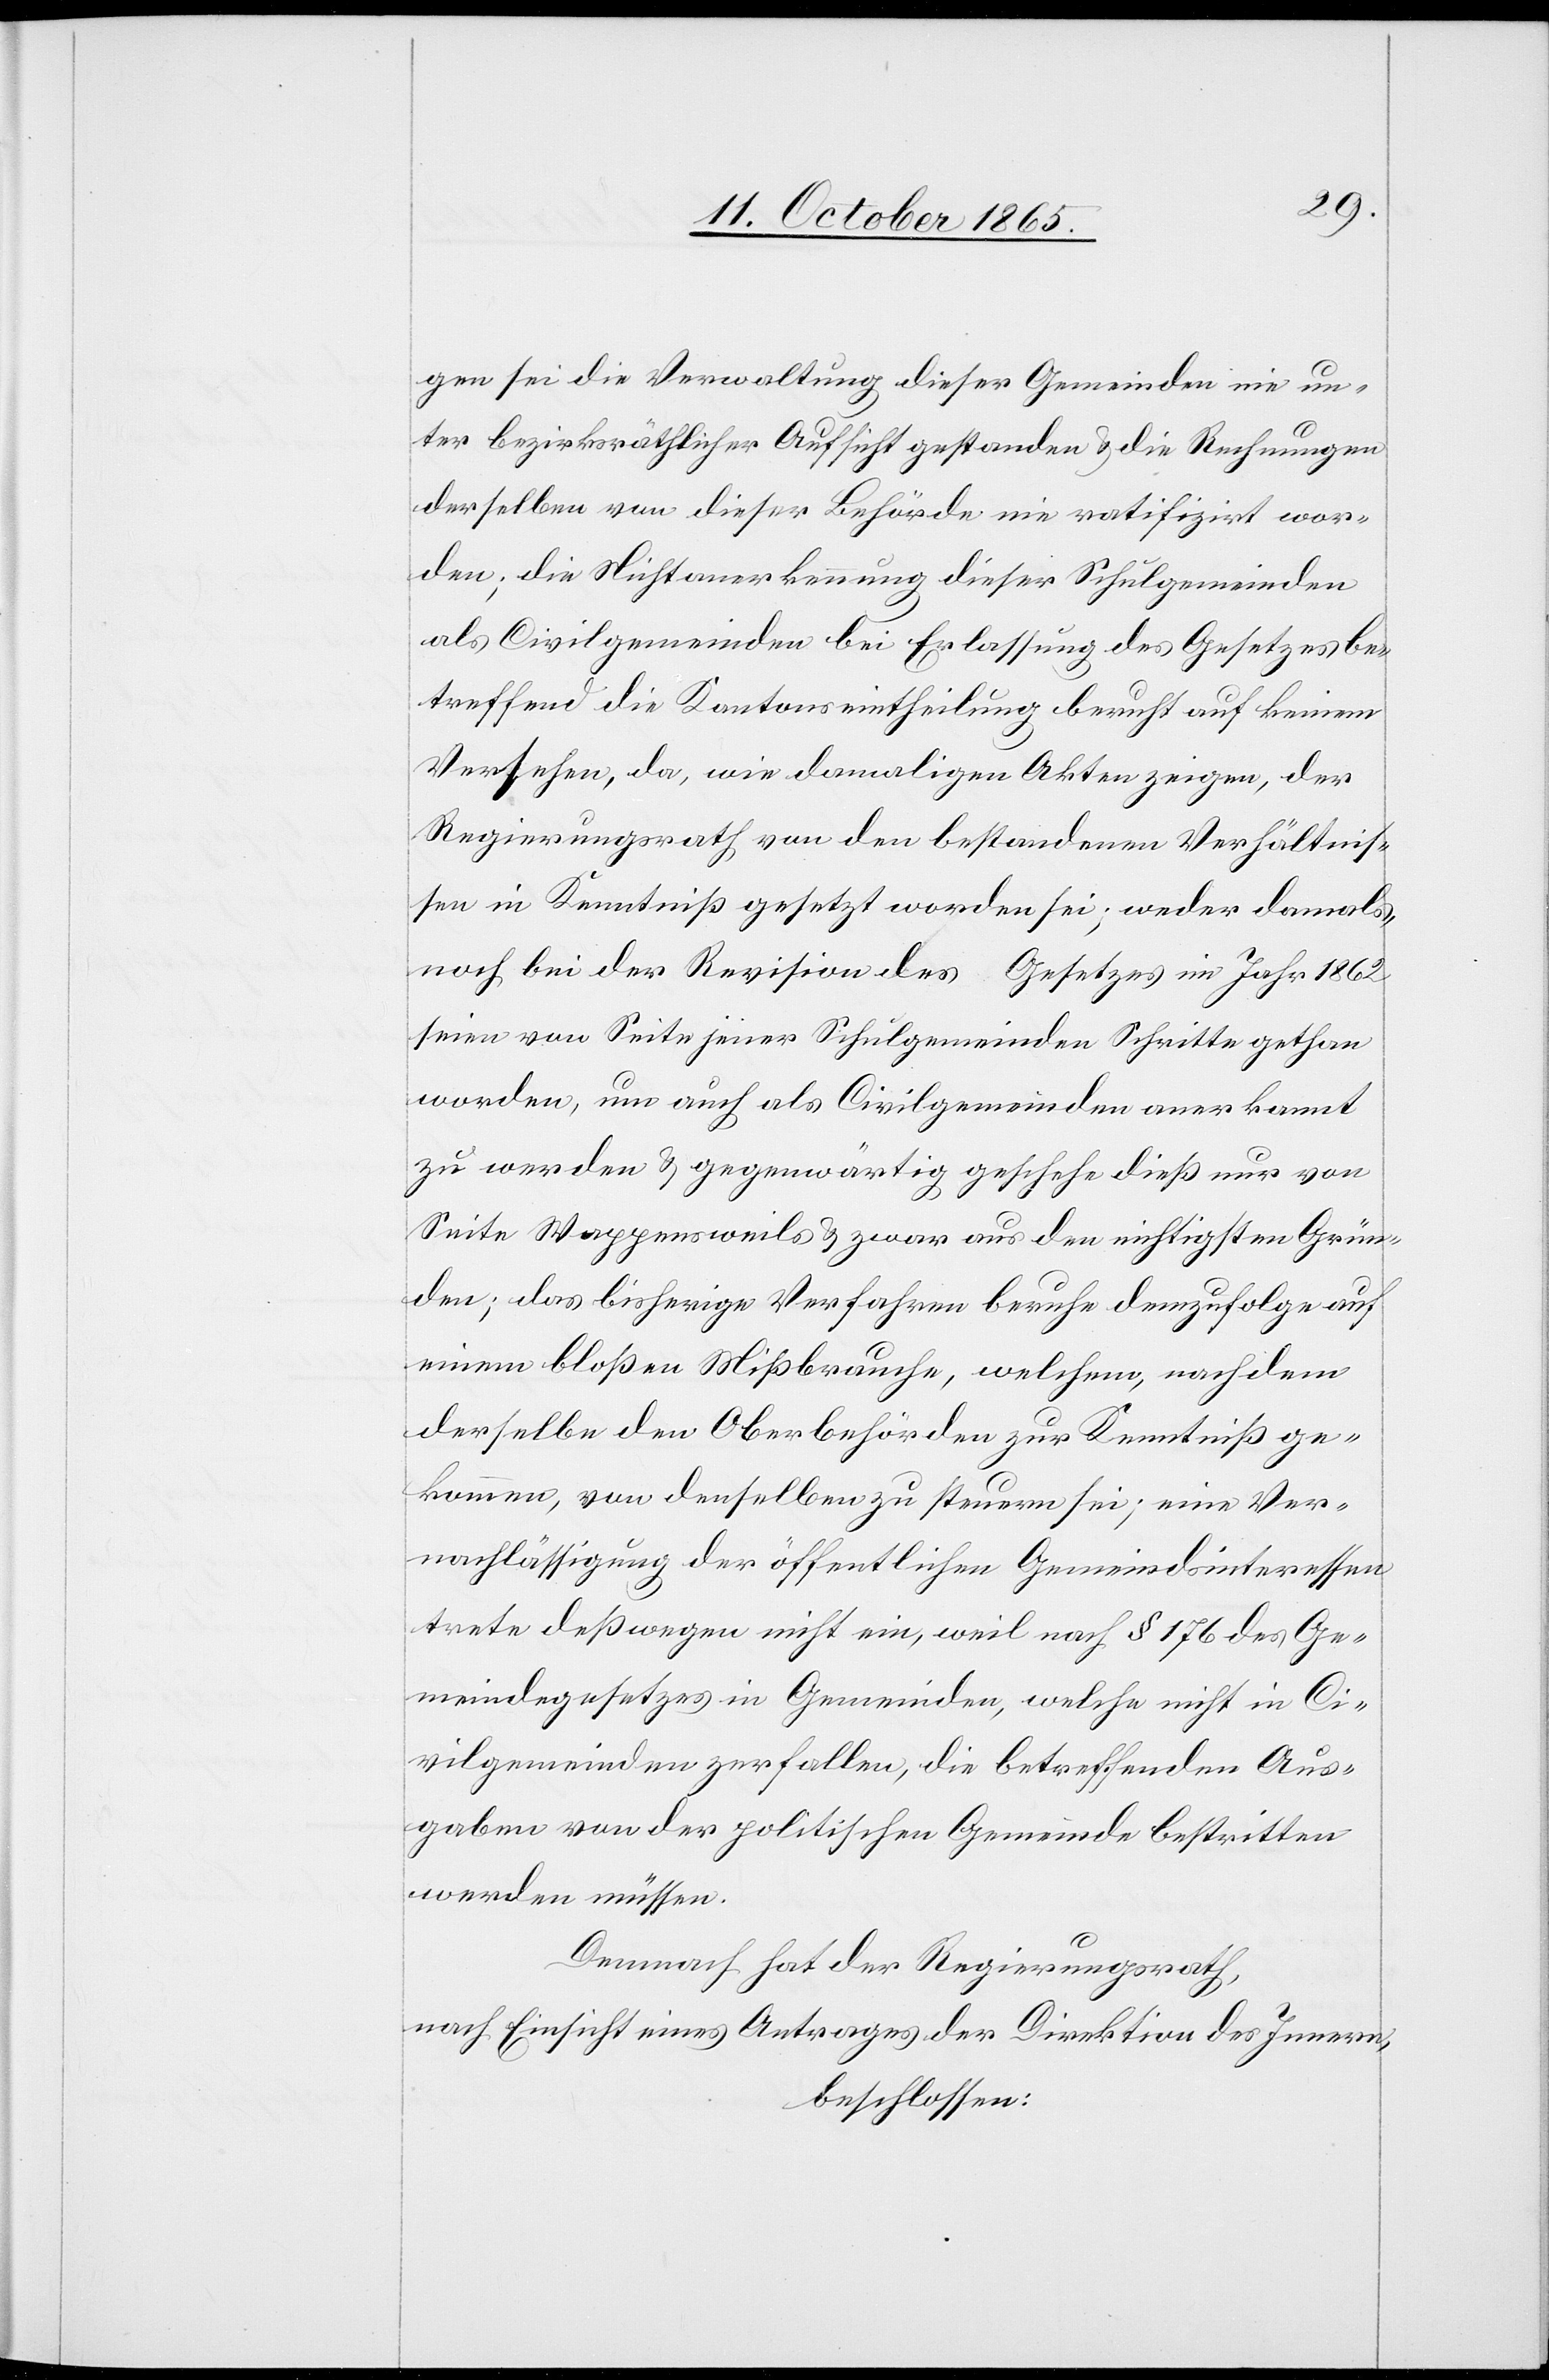
gen sei die Verwaltung dieser Gemeinden nie un¬
ter bezirksräthlicher Aufsicht gestanden & die Rechnungen
derselben von dieser Behörde nie ratifizirt wor¬
den; die Nichtanerkennung dieser Schulgemeinden
als Civilgemeinden bei Erlassung des Gesetzes be¬
treffend die Kantonseintheilung beruht auf keinem
Versehen, da, wie [die] damaligen Akten zeigen, der
Regierungsrath von den bestandenen Verhältnis¬
sen in Kenntniß gesetzt worden sei; weder damals,
noch bei der Revision des Gesetzes im Jahr 1862
seien von Seite jener Schulgemeinden Schritte gethan
worden, um auch als Civilgemeinden anerkannt
zu werden & gegenwärtig geschehe dieß nur von
Seite Wappensweils & zwar aus den nichtigsten Grün¬
den; das bisherige Verfahren beruhe demzufolge auf
einem bloßen Mißbrauche, welchem, nachdem
derselbe den Oberbehörden zur Kenntniß ge¬
kommen, von denselben zu steuern sei; eine Ver¬
nachlässigung der öffentlichen Gemeindsinteressen
trete deßwegen nicht ein, weil nach § 176 des Ge¬
meindegesetzes in Gemeinden, welche nicht in Ci¬
vilgemeinden zerfallen, die betreffenden Aus¬
gaben von der politischen Gemeinde bestritten
werden müssen.
Demnach hat der Regierungsrath,
nach Einsicht eines Antrages der Direktion des Innern,
beschlossen: